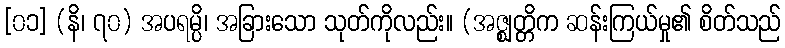
[၀၁] (နိ၊ ၇၀) အပရမ္ပိ၊ အခြားသော သုတ်ကိုလည်း။ (အဇ္ဈတ္တိက ဆန်းကြယ်မှု၏ စိတ်သည်